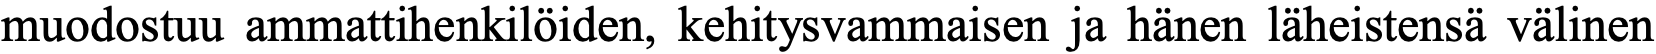
muodostuu ammattihenkilöiden, kehitysvammaisen ja hänen läheistensä välinen